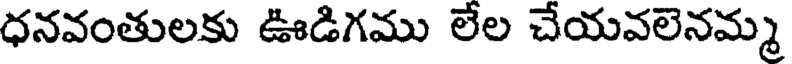
ధనవంతులకు ఊడిగము లేల చేయవలెనమ్మ